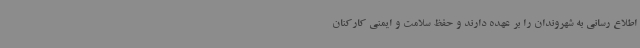
اطلاع رسانی به شهروندان را بر عهده دارند و حفظ سلامت و ایمنی کارکنان